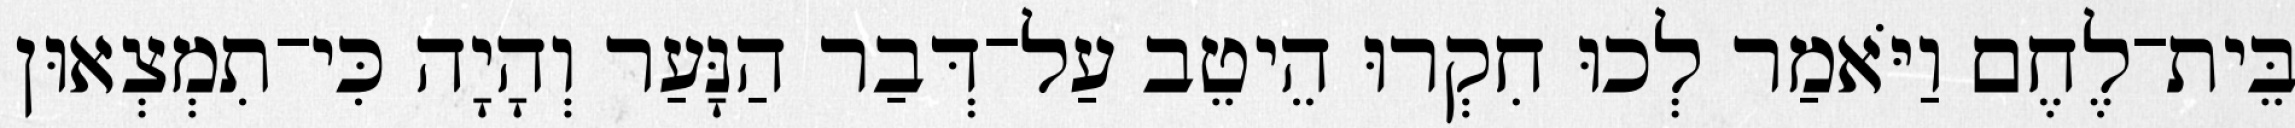
בֵּית־לֶחֶם וַיֹּאמַר לְכוּ חִקְרוּ הֵיטֵב עַל־דְּבַר הַנָּעַר וְהָיָה כִּי־תִמְצְאוּן